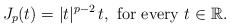
\begin{align*}J_p(t)=|t|^{p-2}\,t,\mbox{ for every } t\in\mathbb{R}.\end{align*}